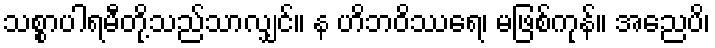
သစ္စာပါရမီတို့သည်သာလျှင်။ န ဟိဘဝိဿရေ၊ မဖြစ်ကုန်။ အညေပိ၊